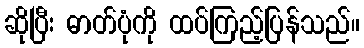
ဆိုပြီး ဓာတ်ပုံကို ထပ်ကြည့်ပြန်သည်။